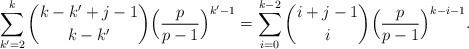
LaTeX: \begin{align*} \sum_{k'=2}^{k} \binom{k-k'+j-1}{k-k'} \Big( \frac{p}{p-1} \Big)^{k'-1} = \sum_{i=0}^{k-2} \binom{i+j-1}{i} \Big( \frac{p}{p-1} \Big)^{k-i-1}.\end{align*}